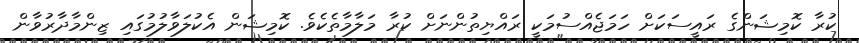
ކުރާ ކޮމިޝަންގެ ރައީސަކަށް ހަމަޖެއްސުމަކީ ރައްޔިތުންނަށް ކުރާ މަލާމާތެކެވެ. ކޮމިޝަން އެކުލަވާލުމުގައި ޒިންމާދާރުވާން